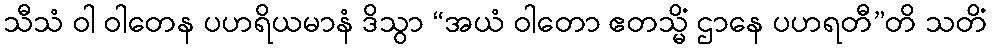
သီသံ ဝါ ဝါတေန ပဟရိယမာနံ ဒိသွာ “အယံ ဝါတော ဧတသ္မိံ ဌာနေ ပဟရတီ”တိ သတိံ